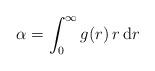
LaTeX: \begin{align*} \alpha = \int_0^\infty g(r)\, r\, \mathrm{d}r\end{align*}